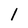
Character: l